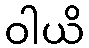
ဝါယိ